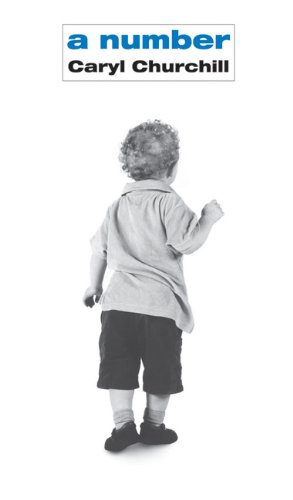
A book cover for A Number; Caryl Churchill; Literature & Fiction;